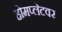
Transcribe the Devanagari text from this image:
होमप्लेटवर